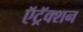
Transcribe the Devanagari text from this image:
ऍट्रॅक्शन